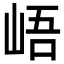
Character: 峿